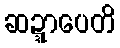
ဆဍ္ဍာပေတိ